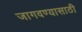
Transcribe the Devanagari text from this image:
जागवण्यासाठी